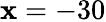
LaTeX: \mathbf{x}=-30